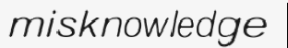
misknowledge